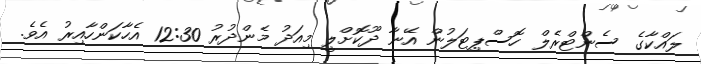
ލައްކާގެ ސެންޓްރެލް ހޮސްޕިޓަލުން އޭނާ ދޫކޮށްލީ މިއަދު މެންދުރު 12:30 އެހާކަންހާއިރު އެވެ.